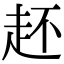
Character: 䞜